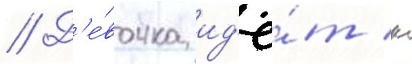
// Д'е́вочка ид'ё́т к